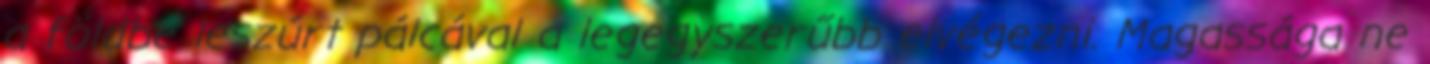
a földbe leszúrt pálcával a legegyszerűbb elvégezni. Magassága ne